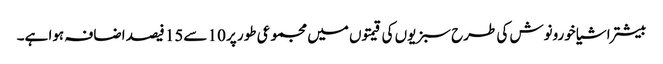
بیشتر اشیا خورونوش کی طرح سبزیوں کی قیمتوں میں مجموعی طور پر 10 سے15 فیصد اضافہ ہوا ہے۔